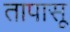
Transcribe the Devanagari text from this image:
तापासू